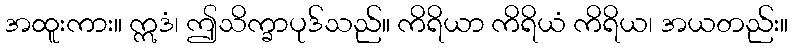
အထူးကား။ ဣဒံ၊ ဤသိက္ခာပုဒ်သည်။ ကိရိယာ ကိရိယံ ကိရိယ၊ အယတည်း။